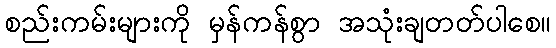
စည်းကမ်းများကို မှန်ကန်စွာ အသုံးချတတ်ပါစေ။